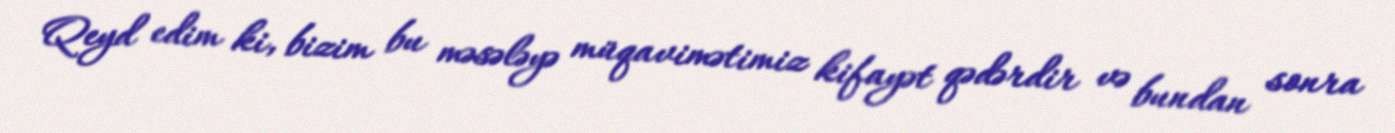
Qeyd edim ki, bizim bu məsələyə müqavimətimiz kifayət qədərdir və bundan sonra